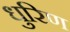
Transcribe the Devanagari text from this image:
धुरिण